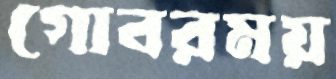
গোবরময়